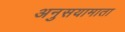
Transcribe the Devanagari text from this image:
अनुसयामाता